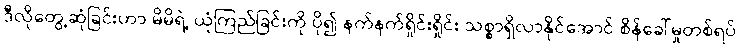
ဒီလိုတွေ့ဆုံခြင်းဟာ မိမိရဲ့ ယုံကြည်ခြင်းကို ပို၍ နက်နက်ရှိုင်းရှိုင်း သစ္စာရှိလာနိုင်အောင် စိန်ခေါ်မှုတစ်ရပ်